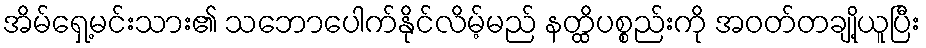
အိမ်ရှေ့မင်းသား၏ သဘောပေါက်နိုင်လိမ့်မည် နတ္ထိပစ္စည်းကို အဝတ်တချို့ယူပြီး